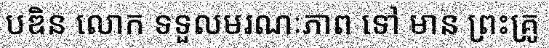
បឌិន លោក ទទួលមរណៈភាព ទៅ មាន ព្រះគ្រូ